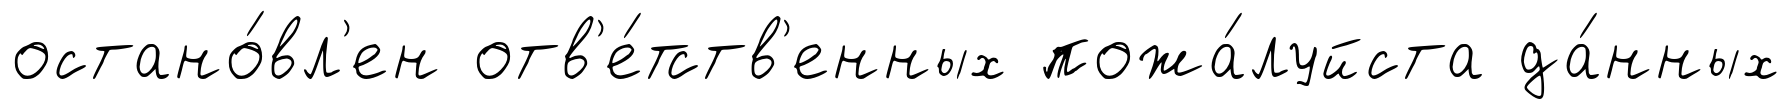
остано́вл'ен отв'е́тств'енных пожа́луйста да́нных